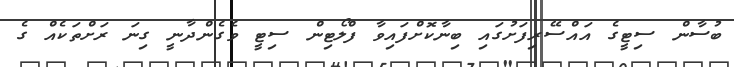
ބުސާން ސިޓީގެ އައްސޭރިފަށުގައި ބިނާކޮށްފައިވާ ފްލޯޓިން ސިޓީ ވެގެންދާނީ ގިނަ ރަށްތަކެއް ގެ